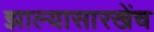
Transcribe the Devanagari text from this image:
झाल्यासारखेंच